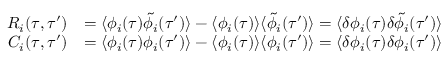
\begin{array} { r l } { R _ { i } ( \tau , \tau ^ { \prime } ) } & { = \langle \phi _ { i } ( \tau ) \tilde { \phi } _ { i } ( \tau ^ { \prime } ) \rangle - \langle \phi _ { i } ( \tau ) \rangle \langle \tilde { \phi } _ { i } ( \tau ^ { \prime } ) \rangle = \langle \delta \phi _ { i } ( \tau ) \delta \tilde { \phi } _ { i } ( \tau ^ { \prime } ) \rangle } \\ { C _ { i } ( \tau , \tau ^ { \prime } ) } & { = \langle \phi _ { i } ( \tau ) \phi _ { i } ( \tau ^ { \prime } ) \rangle - \langle \phi _ { i } ( \tau ) \rangle \langle \phi _ { i } ( \tau ^ { \prime } ) \rangle = \langle \delta \phi _ { i } ( \tau ) \delta \phi _ { i } ( \tau ^ { \prime } ) \rangle } \end{array}